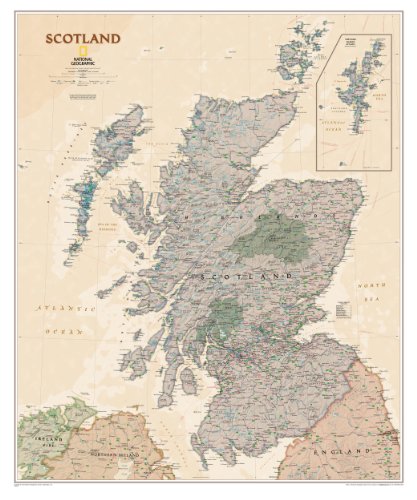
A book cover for Scotland Executive [Tubed] (National Geographic Reference Map); National Geographic Maps - Reference; Travel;